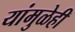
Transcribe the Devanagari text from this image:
यांमुळेही